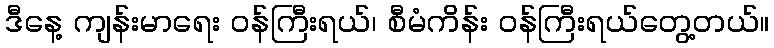
ဒီနေ့ ကျန်းမာရေး ဝန်ကြီးရယ်၊ စီမံကိန်း ဝန်ကြီးရယ်တွေ့တယ်။